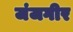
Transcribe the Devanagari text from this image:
जंजगीर